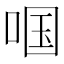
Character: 啯